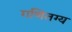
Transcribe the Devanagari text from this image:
गणितग्य